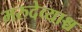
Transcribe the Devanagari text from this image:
मरुदेव्याश्च